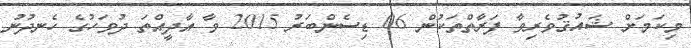
މިކަމަށް ޝައުޤުވެރިވާ ފަރާތްތަކުން 06 ޑިސެންބަރު 2015 ވާ އާދީއްތަ ދުވަހުގެ ހެނދުނު